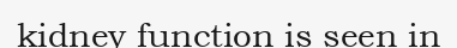
kidney function is seen in